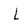
Character: L